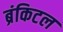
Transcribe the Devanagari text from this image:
ब्रंकिटल